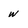
Character: w